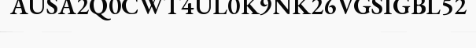
AUSA2Q0CWT4UL0K9NK26VGSIGBL52